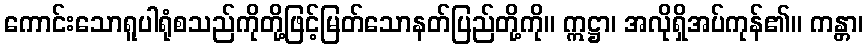
ကောင်းသောရူပါရုံစသည်ကိုတို့ဖြင့်မြတ်သောနတ်ပြည်တို့ကို။ ဣဋ္ဌာ၊ အလိုရှိအပ်ကုန်၏။ ကန္တာ၊